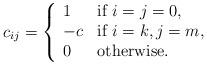
LaTeX: \begin{align*}c_{ij} = \left\{\begin{array}{ll}1& \textrm{if $i=j=0$},\\-c & \textrm{if $i=k,j=m$},\\0 & \textrm{otherwise}.\end{array}\right.\end{align*}